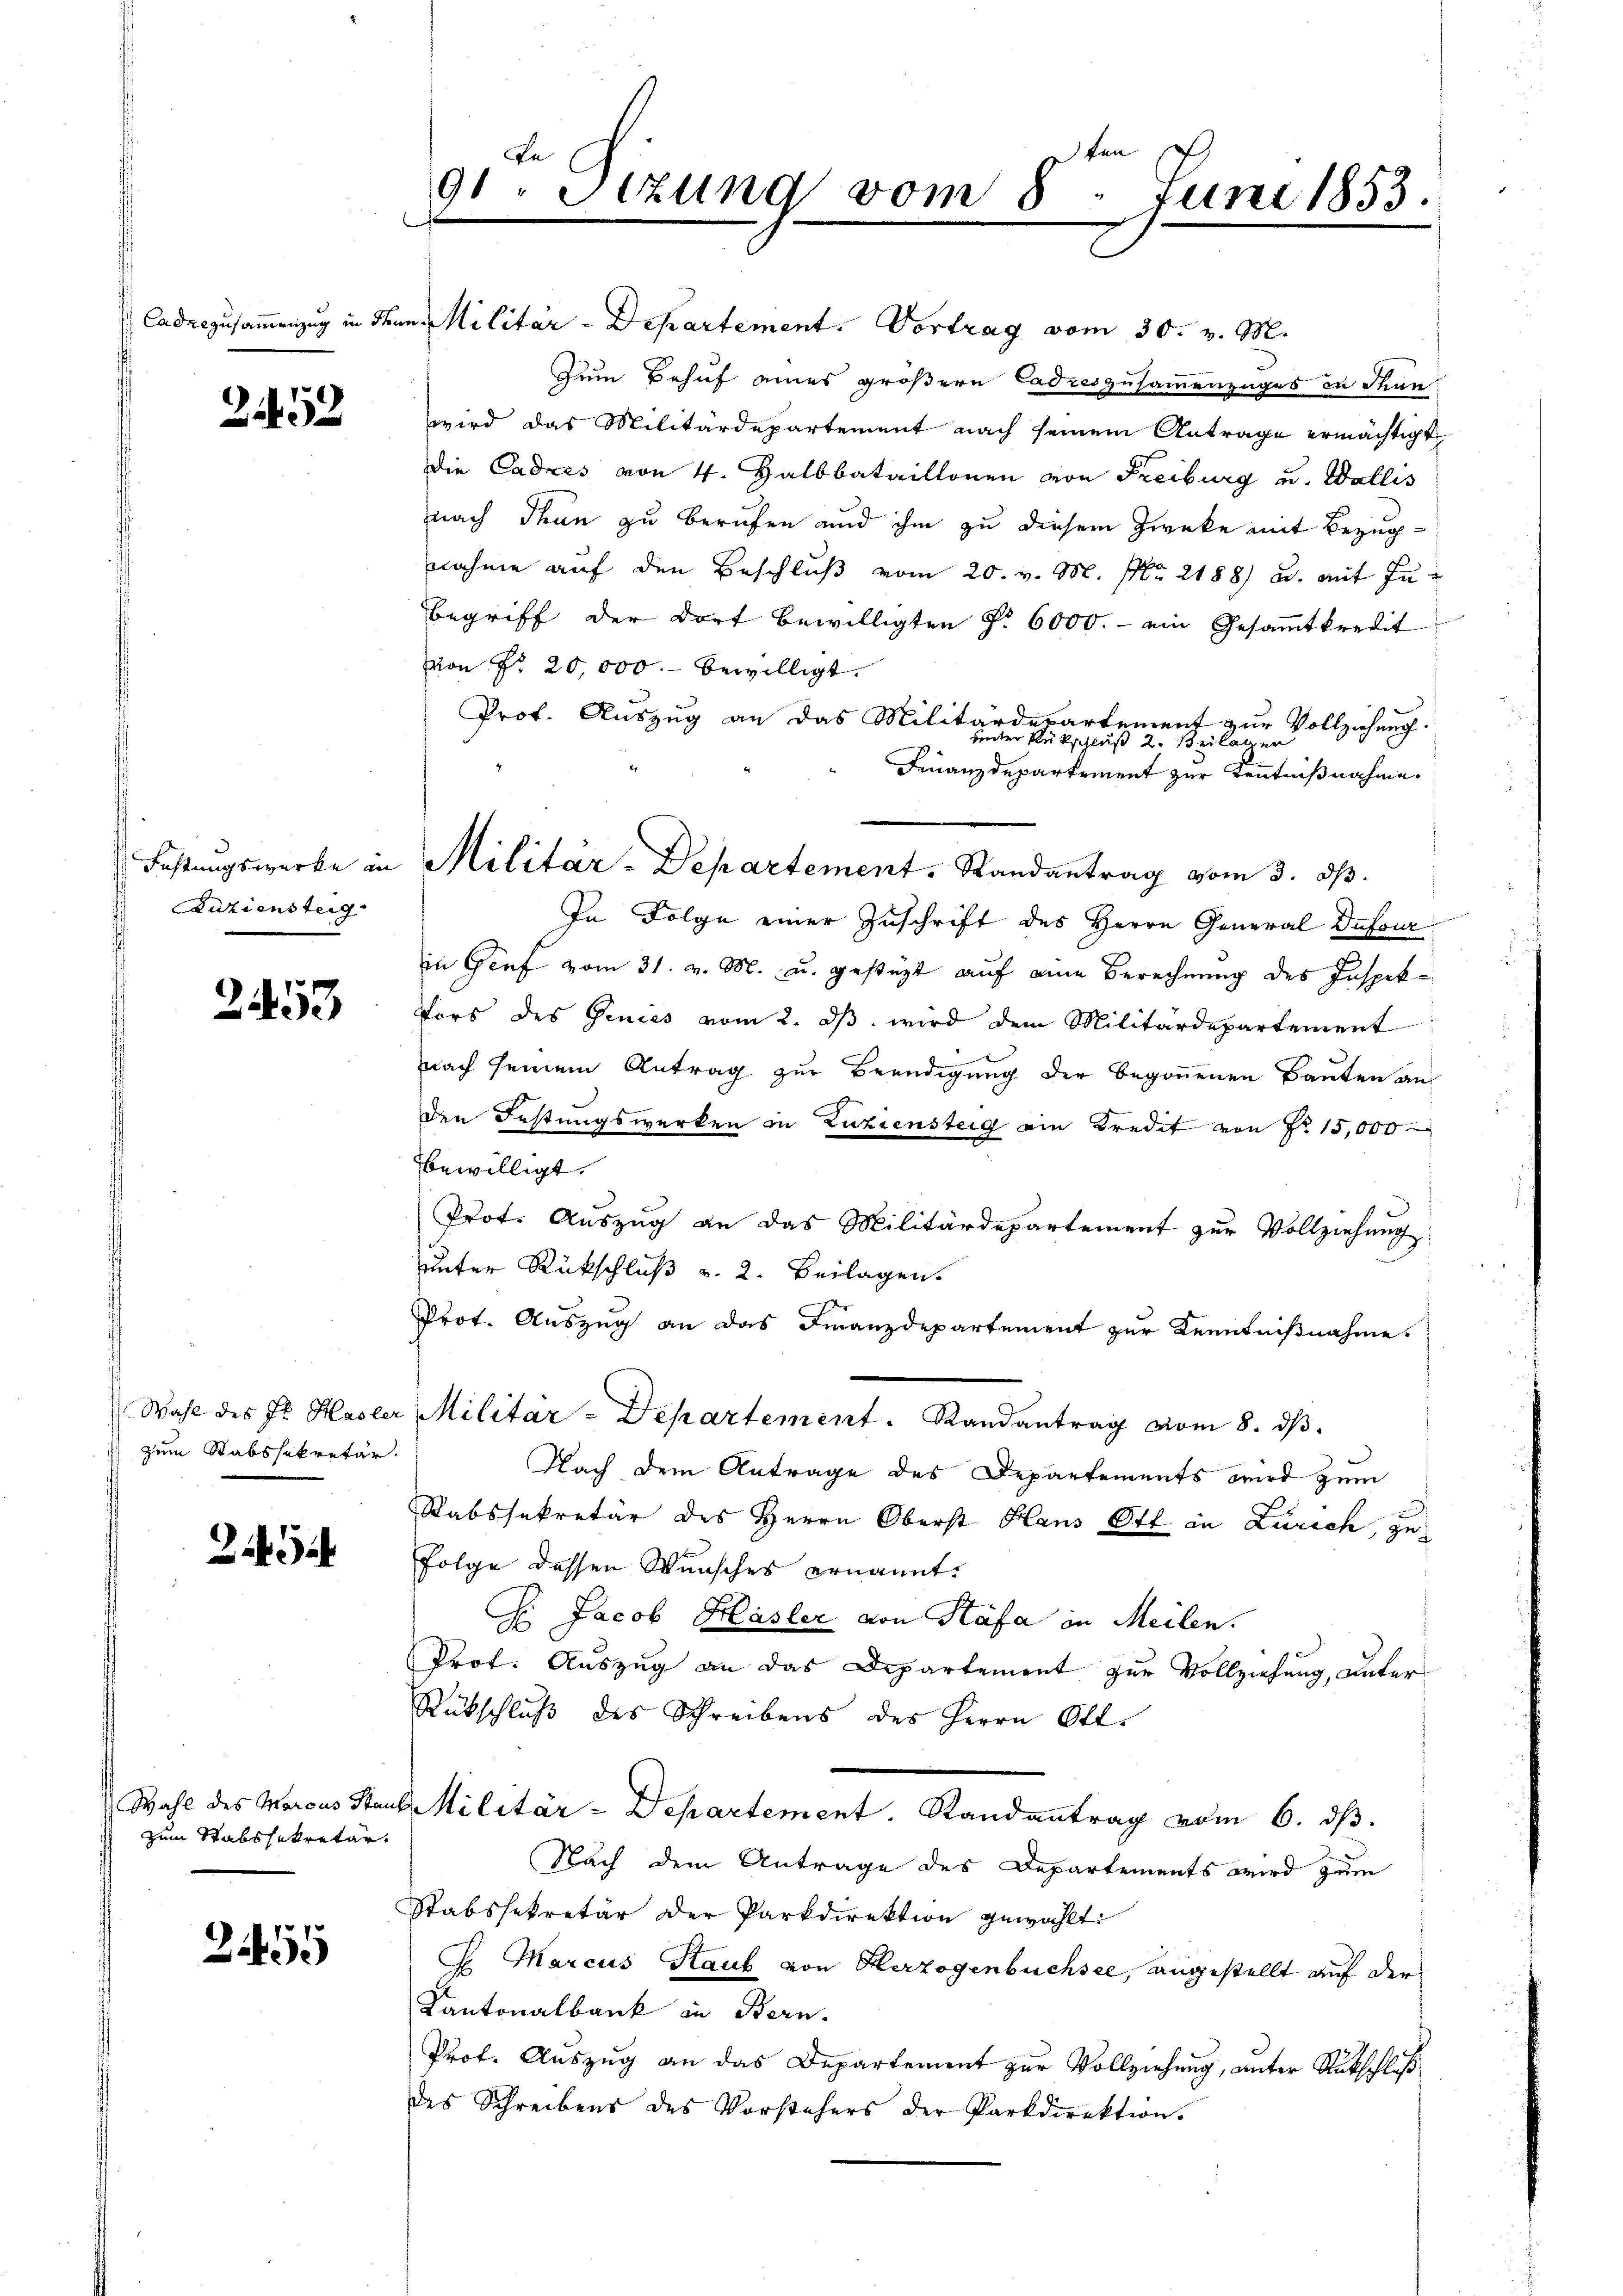
Caduezusammenzug in den

252

Festungswerke in
Aaziensteig

2453

zum Stabssekretär.

2494

Wahl des Marcus Stan
zum Stabssekretär.

3455

91 Stzung vom 8. Juni 1853

i. Militär-Departement. Vortrag vom 30. v. M.
Zum Behuf eines größern Ladreszusammenzuges in Stan
wird das Militärdepartement nach seinem Antrage ermächtigt
Die Cadres von 4. Halbbataillonen von Freiburg u. Wallis
nach dran zu berufen und ihm zu diesem Zwecke mit Bezugnahme auf den Beschluß vom 20. v. M. NNo. 2188) u. mit Zubegriff der dort bewilligten §. 6000.- ein Gesaṁtkredit
von Nr. 20,000.- bewilligt.
Prof. Auszug an das Militärdepartement zur Vollziehung.
unter Rückschluß 2. Beilager
Finanzdepartement zur Kenntnißnahme.
Militar-Departement. Randantrag vom 3. dβ.
In Folge einer Zuschrift des Herrn General Dufour
in Genf vom 31. v. M. u. gestüzt auf eine Berechnung des Inspek¬
Vors des Genies vom 2. dβ wird dem Militärdepartement
nach seinem Antrag zur Beendigung der begonnenen Bauten an
den Festungswerken in Zuziensteig am Kredit von No 15,000
bewilligt.
Prot. Auszug an das Militärdepartement zur Vollziehung
unter Rückschluß v. 2. Beilagen.
Prot. Auszug an das Finanzdepartement zur Kenntnißnahme.
Wahl des Fr. Hasler Militär - Departement. Randantrag vom 8. ds.
Nach dem Antrage des Departements wird zum
Rabssekretär des Herrn Oberst Haus Ott in Zürich, zu
Folge dessen Wunsches ernannt.
C. Jacob Hasler von Stäfa in Meilen.
Prot. Auszug an das Departement zur Vollziehung, unter¬
Rückschluß des Schreibens des Herrn Ott.
b. Militär-Departement. Randantrag vom 6. ds.
Nach dem Antrage des Departements wird zum
Stabssekretär der Parkdirektion gewählt:
J. Marcus Raub von Herzogenbüchsee, angestellt auf der
Kantonalbank in Bern.
Prof. Auszug an das Departement zur Vollziehung, unter Rückschluß
des Schreibens des Vorstehers der Parkdirektion.